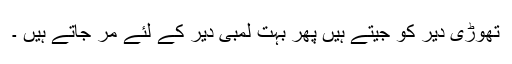
تھوڑی دیر کو جیتے ہیں پھر بہت لمبی دیر کے لئے مر جاتے ہیں ۔